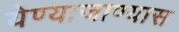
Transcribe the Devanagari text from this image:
येण्याजाण्यास